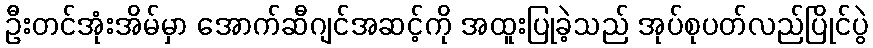
ဦးတင်အုံးအိမ်မှာ အောက်ဆီဂျင်အဆင့်ကို အထူးပြုခဲ့သည် အုပ်စုပတ်လည်ပြိုင်ပွဲ